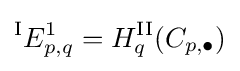
{}^{\textrm {I}}E_{p,q}^{1}=H_{q}^{\textrm {II}}(C_{p,\bullet })